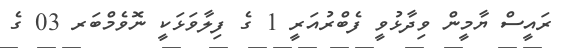
ރައީސް ޔާމީން ވިދާޅުވީ ފެބްރުއަރީ 1 ގެ ފިލާވަޅަކީ ނޮވެމްބަރ 03 ގެ